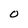
Character: O